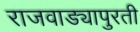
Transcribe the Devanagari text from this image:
राजवाड्यापुरती